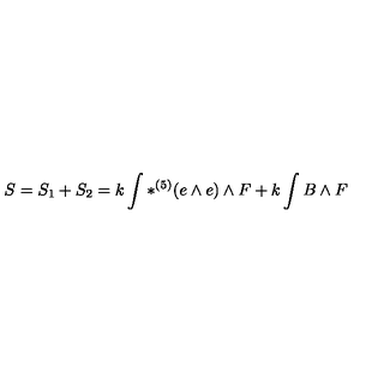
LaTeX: S = S _ { 1 } + S _ { 2 } = k \int \ast ^ { ( 5 ) } ( e \wedge e ) \wedge F + k \int { B \wedge F }